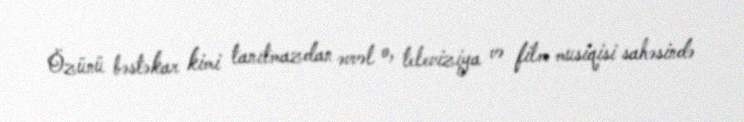
Özünü bəstəkar kimi tanıtmazdan əvvəl o, televiziya və film musiqisi sahəsində